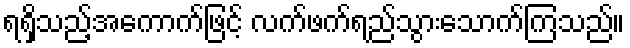
ရရှိသည့်အကောက်ဖြင့် လက်ဖက်ရည်သွားသောက်ကြသည်။